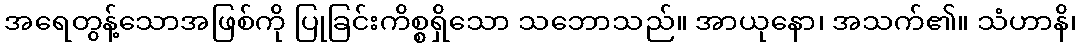
အရေတွန့်သောအဖြစ်ကို ပြုခြင်းကိစ္စရှိသော သဘောသည်။ အာယုနော၊ အသက်၏။ သံဟာနိ၊